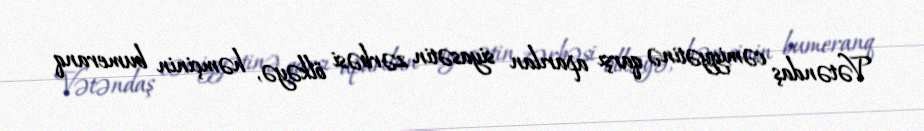
Vətəndaş cəmiyyətinə qarşı aparılan siyasətin zərbəsi ölkəyə, həmçinin bumeranq